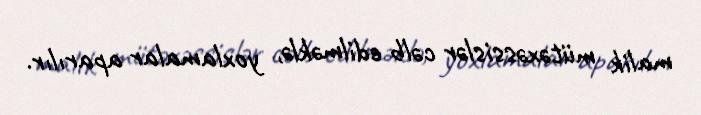
malik mütəxəssislər cəlb edilməklə, yoxlamalar aparılır.